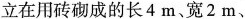
物立在用砖砌成的长4m、宽2m、